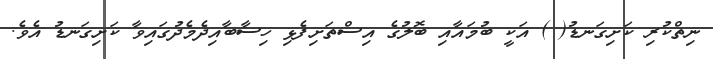
ނިތްކުރި ކަށިގަނޑު( ) އަކީ ބުމައާއި ބޮލުގެ އިސްތަށިފެޅި ހިސާބާއިދެމެދުގައިވާ ކަށިގަނޑު އެވެ.